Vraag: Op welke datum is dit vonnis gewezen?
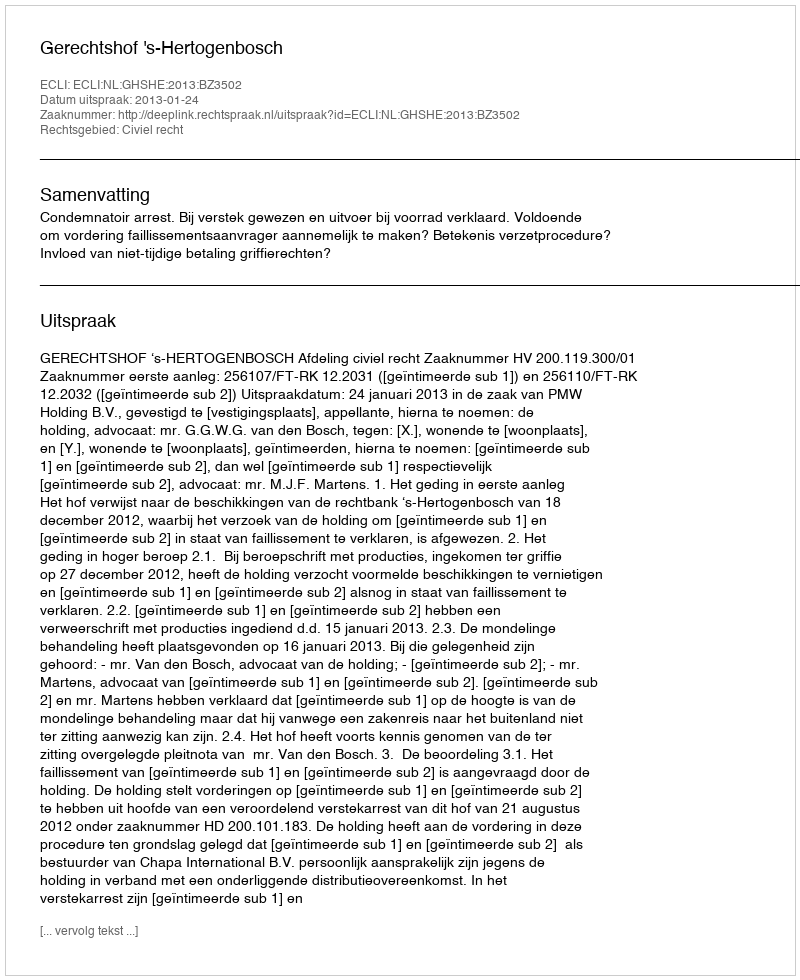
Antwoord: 2013-01-24